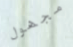
مجهول